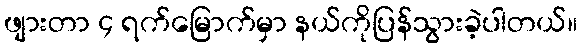
ဖျားတာ ၄ ရက်မြောက်မှာ နယ်ကိုပြန်သွားခဲ့ပါတယ်။